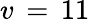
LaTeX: v\, =\, 11